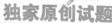
独家原创试题